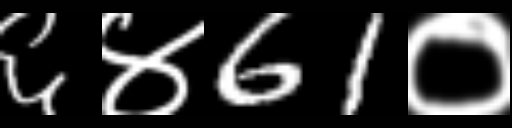
Text: ६४61०